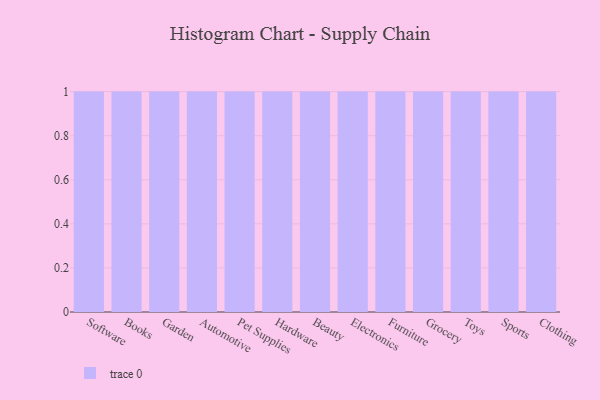
{"axis": {"x": "Category", "y": "Population (Million)"}, "legend": [""], "data": [{"x": "Software", "y": 49, "type": ""}, {"x": "Books", "y": 5, "type": ""}, {"x": "Garden", "y": 42, "type": ""}, {"x": "Automotive", "y": 9, "type": ""}, {"x": "Pet Supplies", "y": 60, "type": ""}, {"x": "Hardware", "y": 10, "type": ""}, {"x": "Beauty", "y": 33, "type": ""}, {"x": "Electronics", "y": 41, "type": ""}, {"x": "Furniture", "y": 39, "type": ""}, {"x": "Grocery", "y": 100, "type": ""}, {"x": "Toys", "y": 67, "type": ""}, {"x": "Sports", "y": 65, "type": ""}, {"x": "Clothing", "y": 35, "type": ""}]}